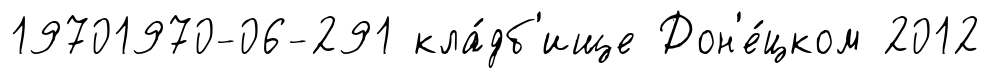
19701970-06-291 кла́дб'ище Дон'е́цком 2012